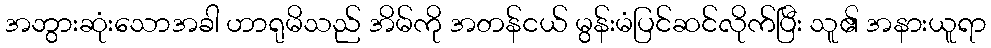
အဘွားဆုံးသောအခါ ဟာရုမိသည် အိမ်ကို အတန်ငယ် မွန်းမံပြင်ဆင်လိုက်ပြီး သူ၏ အနားယူရာ